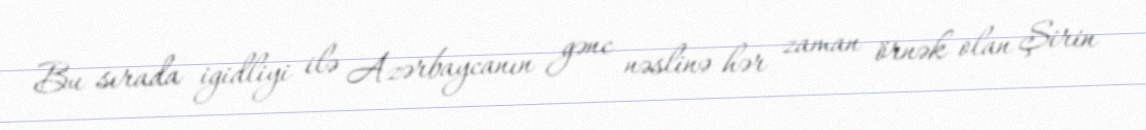
Bu sırada igidliyi ilə Azərbaycanın gənc nəslinə hər zaman örnək olan Şirin